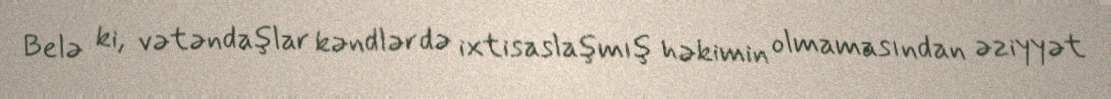
Belə ki, vətəndaşlar kəndlərdə ixtisaslaşmış həkimin olmamasından əziyyət